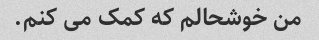
من خوشحالم که کمک می کنم.